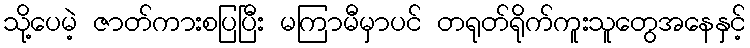
သို့ပေမဲ့ ဇာတ်ကားစပြပြီး မကြာမီမှာပင် တရုတ်ရိုက်ကူးသူတွေအနေနှင့်